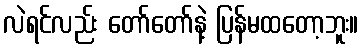
လဲရင်လည်း တော်တော်နဲ့ ပြန်မထတော့ဘူး။